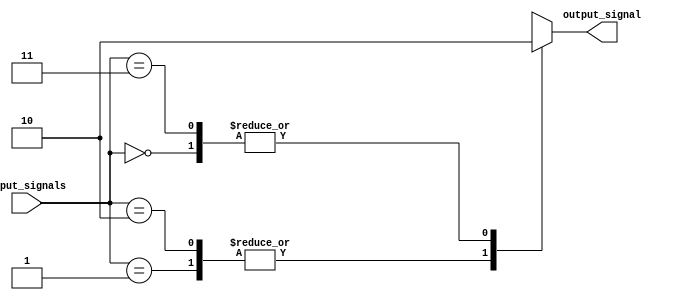
module behavioral_modeling_block (
    input [1:0] input_signals,
    output reg output_signal
);

always @* begin
    case(input_signals)
        2'b00: output_signal = 1'b0; // case for input combination 00
        2'b01: output_signal = 1'b1; // case for input combination 01
        2'b10: output_signal = 1'b1; // case for input combination 10
        2'b11: output_signal = 1'b0; // case for input combination 11
        default: output_signal = 1'b0; // default case for any other input combination
    endcase
end

endmodule